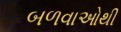
બળવાઓથી